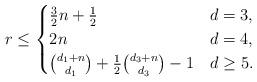
LaTeX: \begin{align*} r \le \begin{cases} \tfrac{3}{2}n + \tfrac{1}{2} & d = 3,\\ 2n & d = 4,\\ \binom{d_1 + n}{d_1} + \frac{1}{2}\binom{d_3+n}{d_3} - 1 & d \ge 5. \end{cases}\end{align*}